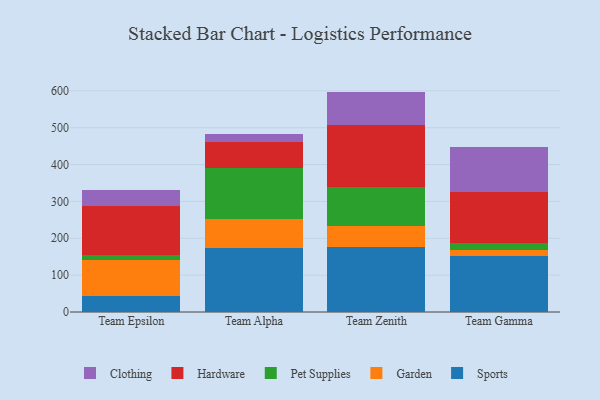
{"axis": {"x": "Team", "y": "Net Income (USD K)"}, "legend": ["Clothing", "Garden", "Hardware", "Pet Supplies", "Sports"], "data": [{"x": "Team Epsilon", "y": 44.2, "type": "Sports"}, {"x": "Team Epsilon", "y": 97.4, "type": "Garden"}, {"x": "Team Epsilon", "y": 12.8, "type": "Pet Supplies"}, {"x": "Team Epsilon", "y": 134.2, "type": "Hardware"}, {"x": "Team Epsilon", "y": 42.4, "type": "Clothing"}, {"x": "Team Alpha", "y": 174.7, "type": "Sports"}, {"x": "Team Alpha", "y": 76.4, "type": "Garden"}, {"x": "Team Alpha", "y": 140.7, "type": "Pet Supplies"}, {"x": "Team Alpha", "y": 69.3, "type": "Hardware"}, {"x": "Team Alpha", "y": 22.0, "type": "Clothing"}, {"x": "Team Zenith", "y": 176.5, "type": "Sports"}, {"x": "Team Zenith", "y": 57.6, "type": "Garden"}, {"x": "Team Zenith", "y": 105.1, "type": "Pet Supplies"}, {"x": "Team Zenith", "y": 167.0, "type": "Hardware"}, {"x": "Team Zenith", "y": 91.8, "type": "Clothing"}, {"x": "Team Gamma", "y": 150.6, "type": "Sports"}, {"x": "Team Gamma", "y": 17.3, "type": "Garden"}, {"x": "Team Gamma", "y": 18.7, "type": "Pet Supplies"}, {"x": "Team Gamma", "y": 139.0, "type": "Hardware"}, {"x": "Team Gamma", "y": 122.8, "type": "Clothing"}]}